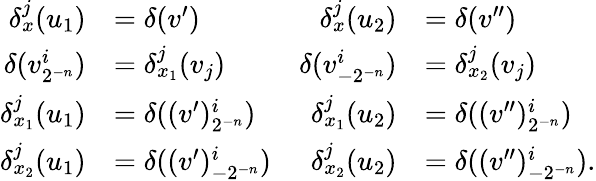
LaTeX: \begin{array}{rlrl}{\delta_{x}^{j}(u_{1})}&{=\delta(v^{\prime})}&{\delta_{x}^{j}(u_{2})}&{=\delta(v^{\prime\prime})}\\ {\delta(v_{2^{-n}}^{i})}&{=\delta_{x_{1}}^{j}(v_{j})}&{\delta(v_{-2^{-n}}^{i})}&{=\delta_{x_{2}}^{j}(v_{j})}\\ {\delta_{x_{1}}^{j}(u_{1})}&{=\delta((v^{\prime})_{2^{-n}}^{i})}&{\delta_{x_{1}}^{j}(u_{2})}&{=\delta((v^{\prime\prime})_{2^{-n}}^{i})}\\ {\delta_{x_{2}}^{j}(u_{1})}&{=\delta((v^{\prime})_{-2^{-n}}^{i})}&{\delta_{x_{2}}^{j}(u_{2})}&{=\delta((v^{\prime\prime})_{-2^{-n}}^{i})\mathrm{.}}\end{array}